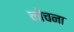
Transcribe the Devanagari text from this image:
नोंचना